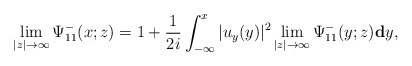
\begin{align*}\lim_{|z|\rightarrow\infty}\Psi^-_{11}(x;z) =1+\frac{1}{2i} \int_{-\infty}^{x}|u_y(y)|^2 \lim_{|z|\rightarrow\infty}\Psi^-_{11}(y;z) \mathbf{d} y,\end{align*}